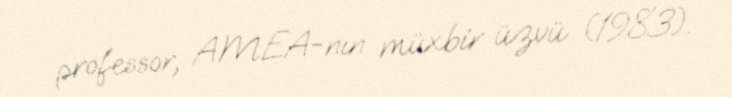
professor, AMEA-nın müxbir üzvü (1983).